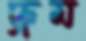
দ্রুম